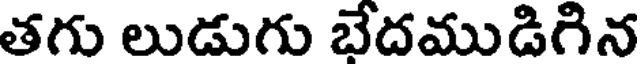
తగు లుడుగు బేదముడిగిన